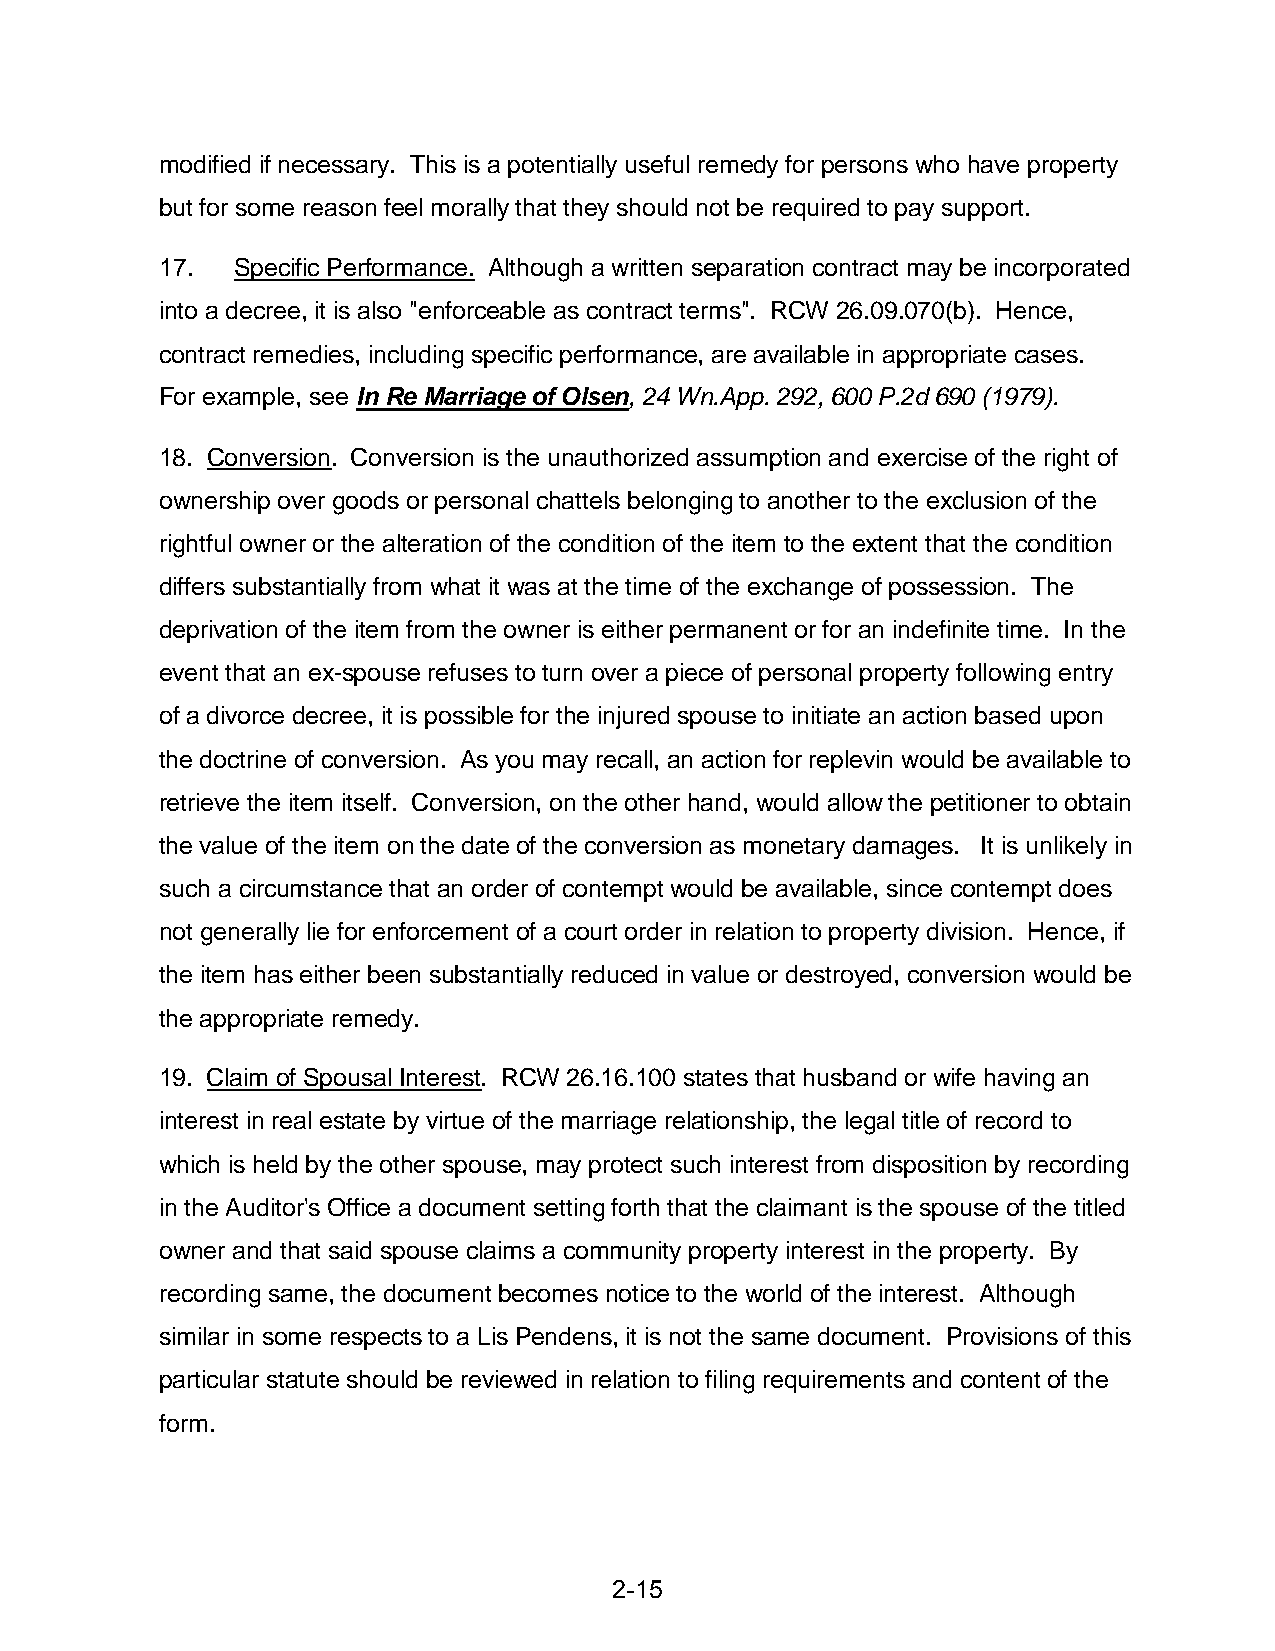
modified if necessary. This is a potentially useful remedy for persons who have property
 but for some reason feel morally that they should not be required to pay support.
 17.  Specific Performance. Although a written separation contract may be incorporated
 into a decree, it is also "enforceable as contract terms". RCW 26.09.070(b). Hence,
 contract remedies, including specific performance, are available in appropriate cases.
 For example, see In Re Marriage of Olsen, 24 Wn.App. 292, 600 P.2d 690 (1979).
 18. Conversion. Conversion is the unauthorized assumption and exercise of the right of
 ownership over goods or personal chattels belonging to another to the exclusion of the
 rightful owner or the alteration of the condition of the item to the extent that the condition
 differs substantially from what it was at the time of the exchange of possession. The
 deprivation of the item from the owner is either permanent or for an indefinite time. In the
 event that an ex-spouse refuses to turn over a piece of personal property following entry
 of a divorce decree, it is possible for the injured spouse to initiate an action based upon
 the doctrine of conversion. As you may recall, an action for replevin would be available to
 retrieve the item itself. Conversion, on the other hand, would allow the petitioner to obtain
 the value of the item on the date of the conversion as monetary damages. It is unlikely in
 such a circumstance that an order of contempt would be available, since contempt does
 not generally lie for enforcement of a court order in relation to property division. Hence, if
 the item has either been substantially reduced in value or destroyed, conversion would be
 the appropriate remedy.
 19. Claim of Spousal Interest. RCW 26.16.100 states that husband or wife having an
 interest in real estate by virtue of the marriage relationship, the legal title of record to
 which is held by the other spouse, may protect such interest from disposition by recording
 in the Auditor's Office a document setting forth that the claimant is the spouse of the titled
 owner and that said spouse claims a community property interest in the property. By
 recording same, the document becomes notice to the world of the interest. Although
 similar in some respects to a Lis Pendens, it is not the same document. Provisions of this
 particular statute should be reviewed in relation to filing requirements and content of the
 form.
 2-15